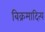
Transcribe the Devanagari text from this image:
बिक्रमादित्य